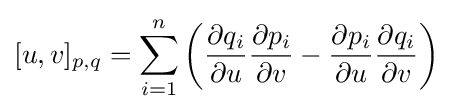
[u,v]_{p,q}=\sum _{i=1}^{n}\left({\frac {\partial q_{i}}{\partial u}}{\frac {\partial p_{i}}{\partial v}}-{\frac {\partial p_{i}}{\partial u}}{\frac {\partial q_{i}}{\partial v}}\right)